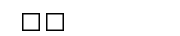
١٥